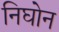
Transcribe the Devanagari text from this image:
निघोन